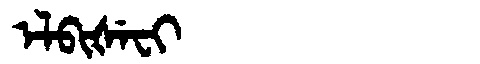
Manchu: ᡝᠯᠪᡳᡧᡝᠸᡳ
Romanization: ELBIŠEFI